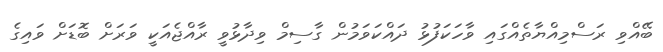
ބޭއްވި ރަސްމިއްޔާތެއްގައި ވާހަކަފުޅު ދައްކަވަމުން ގާސިމް ވިދާޅުވީ ރާއްޖެއަކީ ވަރަށް ބޮޑަށް ވައިގެ